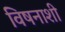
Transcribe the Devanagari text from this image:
विषनाशी